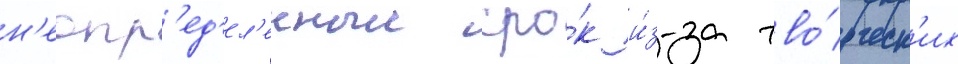
н'еопр'ед'ел'енныи сро́к и́з-за тво́рческ'их